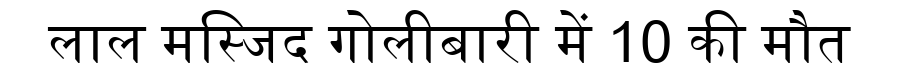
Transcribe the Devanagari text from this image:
लाल मस्जिद गोलीबारी में 10 की मौत